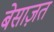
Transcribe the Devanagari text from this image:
बेसाज़त